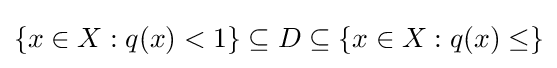
\{x\in X:q(x)<1\}\subseteq D\subseteq \{x\in X:q(x)\leq \}